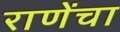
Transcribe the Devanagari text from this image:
राणेंचा